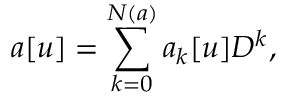
a [ u ] = \sum _ { k = 0 } ^ { N ( a ) } a _ { k } [ u ] D ^ { k } ,